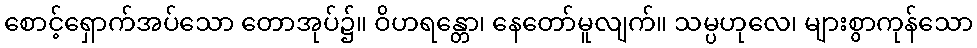
စောင့်ရှောက်အပ်သော တောအုပ်၌။ ဝိဟရန္တော၊ နေတော်မူလျက်။ သမ္ပဟုလေ၊ များစွာကုန်သော